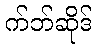
က်ဘ်ဆိုဒ်